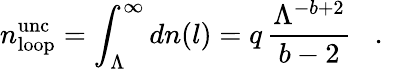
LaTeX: n_{\mathrm{loop}}^{\mathrm{unc}}=\int_{\Lambda}^{\infty}dn(l)=q\, \frac{\Lambda^{-b+2}}{b-2}\, \, \, \, \, .\, \, \, \, \,